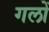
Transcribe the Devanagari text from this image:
गलों